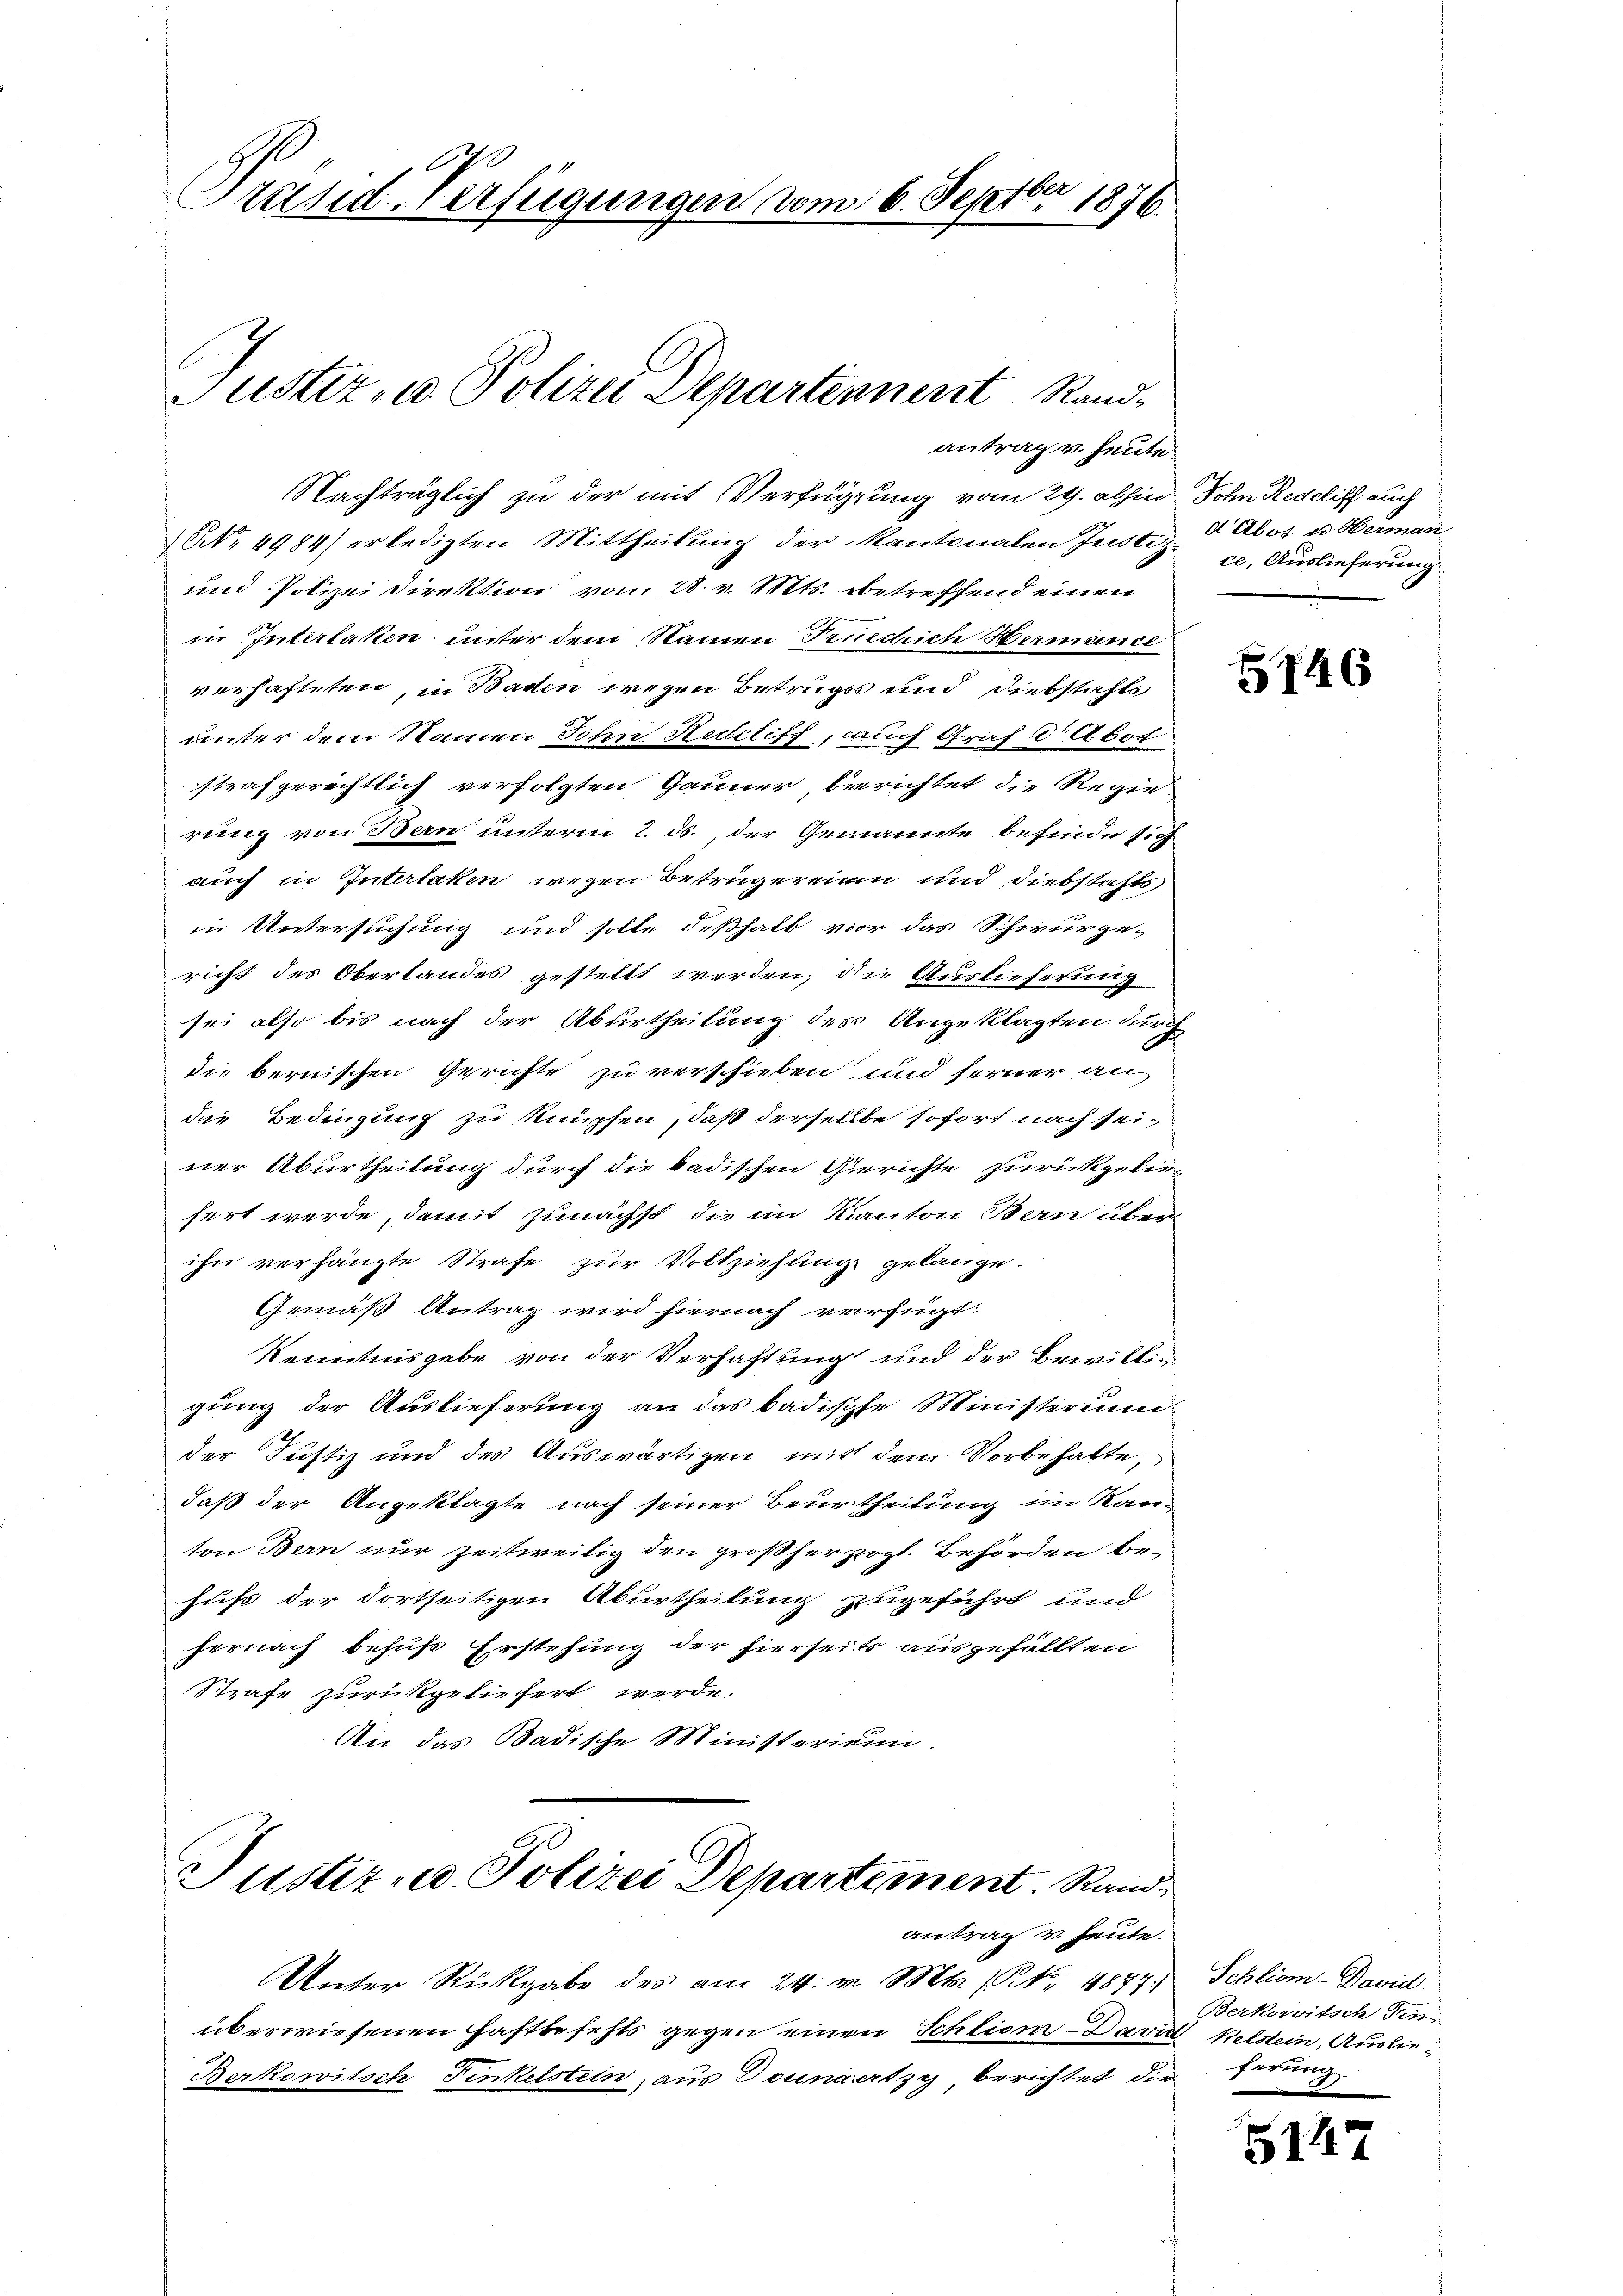
A
Präsid-Verfügungen vom 16. Septbr 1876.

Justiz- u. Polizei Departennent Randantrag v. heute

Nachträglich zu der mit Verfügung vom 29. abhin Sohn Redelich auch
NNo. 4984) erledigten Mittheilung der Kantonalen Justiz & Abor u. Herman
und Polizei Direktion vom 28. v. Mts. betreffend einen
in Interlaken unter dem Namen Tuechich Hermanie
verhafteten, in Baden wegen Betrugs und Diebstahls
unter dem Namen Sohn Redcliff, auch Graf dAbot
strafgerechtlich verfolgten Gauner, beerichtet die Regie
rung von Bern unterm 2. ds., der Gemannte befinde sich
auch in Interlaken wegen Betrügereium und Diebstahls
in Untersuchung und solle deßhalb vor das Schwurge-
richt des Oberlandes gestellt werden, die Auslieferung
sei also bis nach der Aburtheilung des Angeklagten durch
die bernischen Gerichte zu verschieben und ferner an
die Bedingung zu knüpfen, daß derselbe sofort nach seiner Aburtheilung durch die badischen Gerichte zurückgeliesert werde, damit zunächst die im Kanton Bern über
ihn verhängte Strafe zur Vollziehung gelange.
Gemäß Antrag wird hiernach verfügt:
Kenntnisgabe von der Verhaftung und der Bewilligung der Auslieferung an das badische Ministerium
2
der Justiz und des Auswärtigen mit dem Vorbehalte,
daß der Angeklagte nach seiner Beurtheilung im Kanton Bern nur zeitweilig den großherzogl. Behörden behufs der dortseitigen Aburtheilung zugeführt und
hernach besus Erstehung der hierseits ausgefällten
Strafe zurückgeliefert werde.
An das Badische Ministerium.

ce, Auslieferung

746

Justiz- u. Polizei Departement. Rand
antrag u. heute.

Unter Rückgabe des am 24. v. Mts. (NNo. 1877.
überwiesenen Haftbefehls gegen einen Schlien - David Kelstein, Auslie¬
Berkowitsch Finkelstein, aus Dounaertzy, berichtet die herung

Schliom-David
Berkowitsch Fin

5147